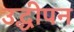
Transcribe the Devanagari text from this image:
उद्धीपन